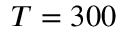
T = 3 0 0